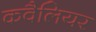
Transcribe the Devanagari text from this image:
कवैलियर